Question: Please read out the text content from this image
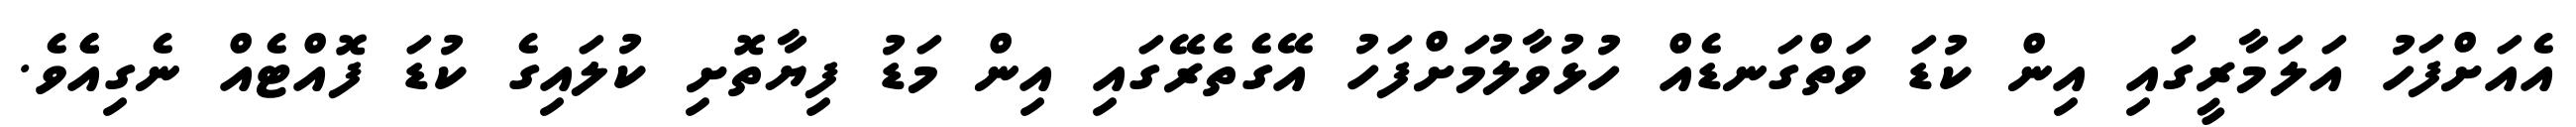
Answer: އެއަށްފަހު އަލަމާރީގައި އިން ކުޑަ ވަތްގަނޑެއް ހުޅުވާލުމަށްފަހު އޭގެތެރޭގައި އިން މަޑު ފިޔާތޮށި ކުލައިގެ ކުޑަ ފޮއްޓެއް ނެގިއެެވެ.